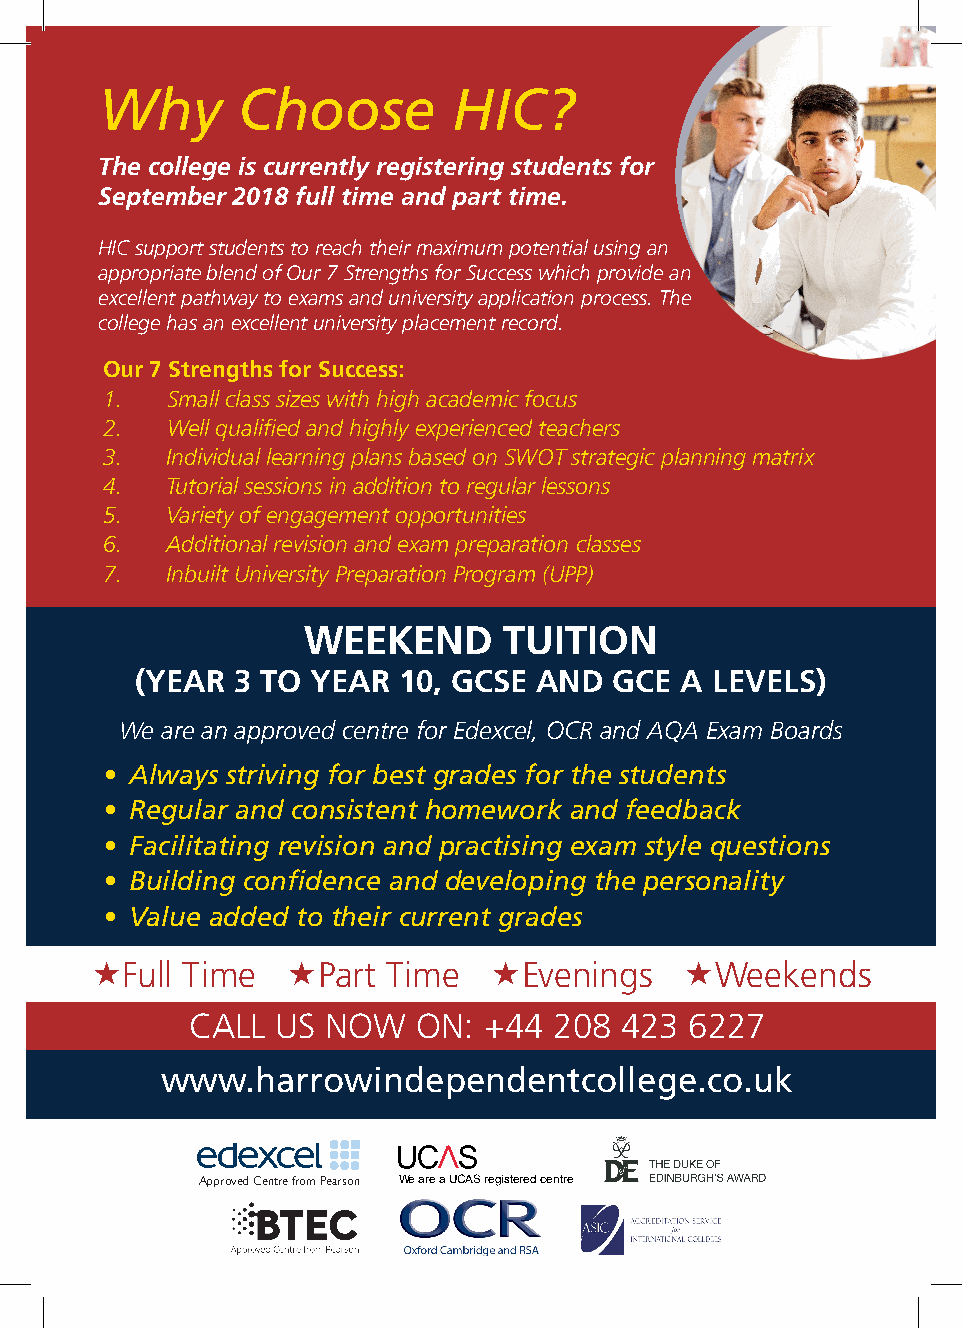
Why      Choose        HIC?
 The college is currently registering students for
 September 2018 full time and part time.
 HIC support students to reach their maximum potential using an
 appropriate blend of Our 7 Strengths for Success which provide an
 excellent pathway to exams and university application process. The
 college has an excellent university placement record.
 Our 7 Strengths for Success:
 1.  Small class sizes with high academic focus
 2.  Well qualified and highly experienced teachers
 3.  Individual learning plans based on SWOT strategic planning matrix
 4.  Tutorial sessions in addition to regular lessons
 5.  Variety of engagement opportunities
 6.  Additional revision and exam preparation classes
 7.  Inbuilt University Preparation Program (UPP)
 WEEKEND      TUITION
 (YEAR  3 TO YEAR 10, GCSE  AND  GCE A LEVELS)
 We are an approved centre for Edexcel, OCR and AQA Exam Boards
 • Always striving for best grades for the students
 • Regular and consistent homework and feedback
 • Facilitating revision and practising exam style questions
 • Building confidence and developing the personality
 • Value added to their current grades
 «Full Time   «Part  Time  «Evenings    «Weekends
 CALL US  NOW   ON: +44  208 423  6227
 www.harrowindependentcollege.co.uk
 Approved Centre from Pearson We are a UCAS registered centre